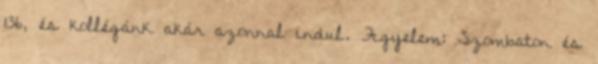
136, és kollégánk akár azonnal indul. Figyelem: Szombaton és